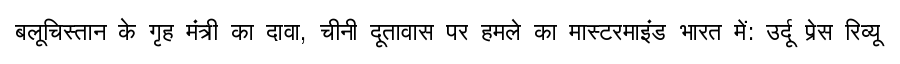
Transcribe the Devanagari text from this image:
बलूचिस्तान के गृह मंत्री का दावा, चीनी दूतावास पर हमले का मास्टरमाइंड भारत में: उर्दू प्रेस रिव्यू